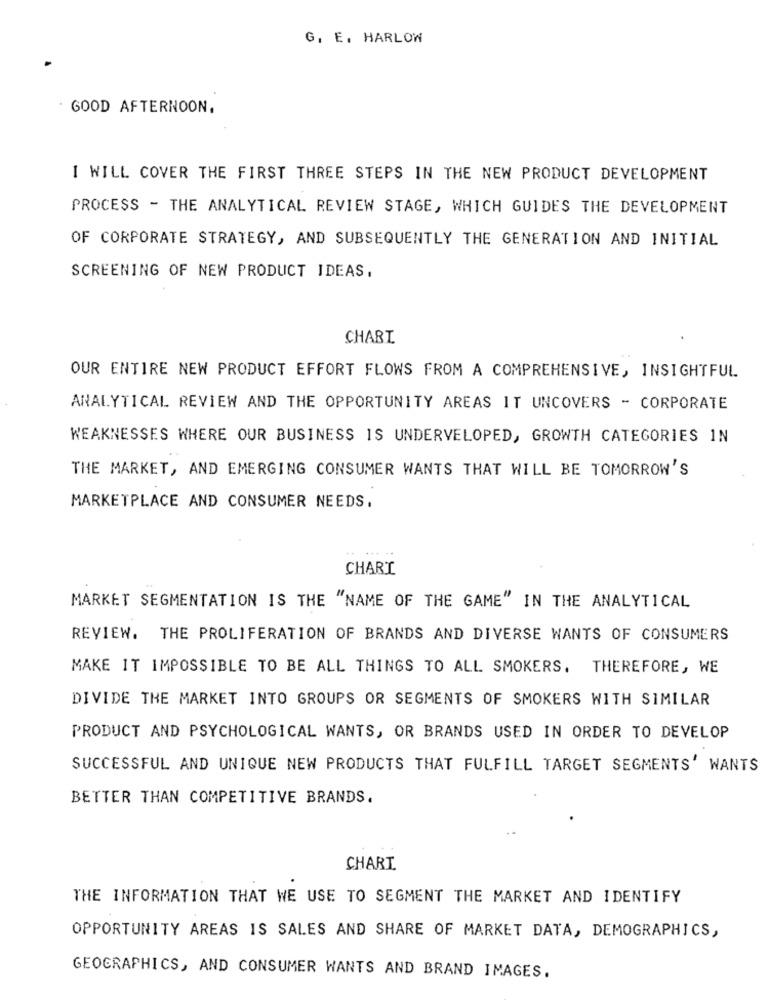
G, E. HARLOW
GOOD AFTERNOON.
I WILL COVER THE FIRST THREE STEPS IN THE NEW PRODUCT DEVELOPMENT
PROCESS - THE ANALYTICAL REVIEW STAGE, WHICH GUIDES THE DEVELOPMENT
OF CORPORATE STRATEGY, AND SUBSEQUENTLY THE GENERATION AND INITIAL
SCREENING OF NEW PRODUCT IDEAS.
CHART
OUR ENTIRE NEW PRODUCT EFFORT FLOWS FROM A COMPREHENSIVE, INSIGHTFUL
ANALYTICAL REVIEW AND THE OPPORTUNITY AREAS IT UNCOVERS - CORPORATE
WEAKNESSES WHERE OUR BUSINESS IS UNDERVELOPED, GROWTH CATEGORIES IN
THE MARKET, AND EMERGING CONSUMER WANTS THAT WILL BE TOMORROW'S
MARKETPLACE AND CONSUMER NEEDS.
CHART
MARKET SEGMENTATION IS THE "NAME OF THE GAME" IN THE ANALYTICAL
REVIEW. THE PROLIFERATION OF BRANDS AND DIVERSE WANTS OF CONSUMERS
MAKE IT IMPOSSIBLE TO BE ALL THINGS TO ALL SMOKERS. THEREFORE, WE
DIVIDE THE MARKET INTO GROUPS OR SEGMENTS OF SMOKERS WITH SIMILAR
PRODUCT AND PSYCHOLOGICAL WANTS, OR BRANDS USED IN ORDER TO DEVELOP
SUCCESSFUL AND UNIQUE NEW PRODUCTS THAT FULFILL TARGET SEGMENTS' WANTS
BETTER THAN COMPETITIVE BRANDS.
CHART
THE INFORMATION THAT WE USE TO SEGMENT THE MARKET AND IDENTIFY
OPPORTUNITY AREAS IS SALES AND SHARE OF MARKET DATA, DEMOGRAPHICS,
GEOGRAPHICS, AND CONSUMER WANTS AND BRAND IMAGES.